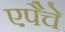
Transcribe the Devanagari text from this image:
एपैचे